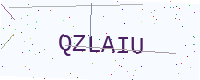
Text: QZLAIU